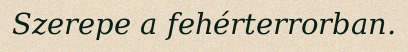
Szerepe a fehérterrorban.